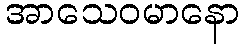
အာသေဝမာနော